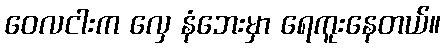
ဝေလငါးက လှေ နံဘေးမှာ ရေကူးနေတယ်။